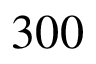
3 0 0